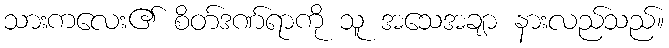
သားကလေး၏ စိတ်ဒဏ်ရာကို သူ အသေအချာ နားလည်သည်။